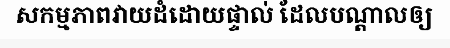
សកម្មភាពវាយដំដោយផ្ទាល់ ដែលបណ្តាលឲ្យ